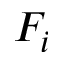
F _ { i }